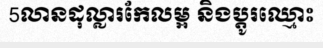
5លានដុល្លារកែលម្អ និងប្តូរឈ្មោះ